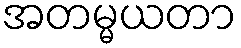
အတမ္မယတာ